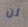
لن